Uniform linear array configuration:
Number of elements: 8
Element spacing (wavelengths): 0.5
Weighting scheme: blackman
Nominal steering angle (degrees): -30
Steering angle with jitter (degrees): -28.629
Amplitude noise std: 0.05
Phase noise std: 0.05

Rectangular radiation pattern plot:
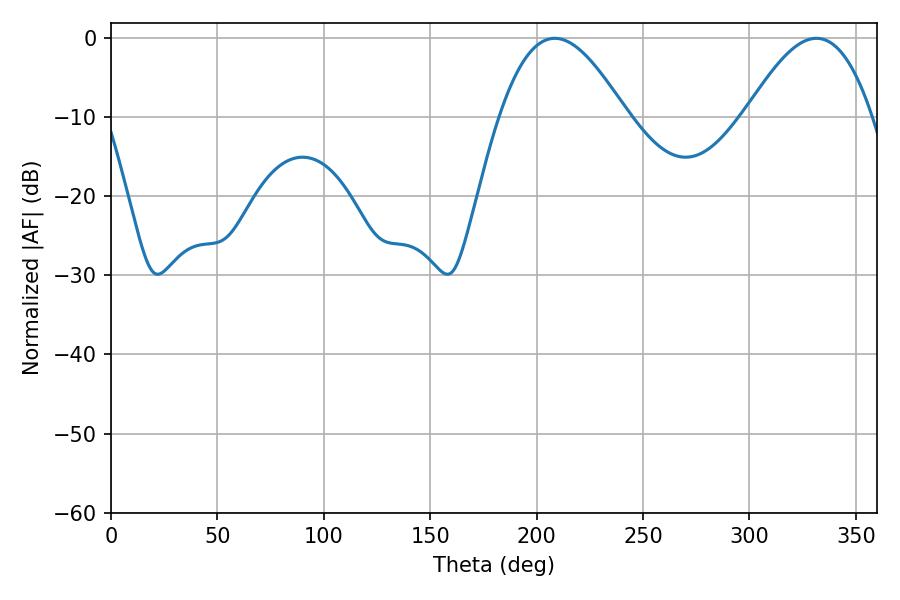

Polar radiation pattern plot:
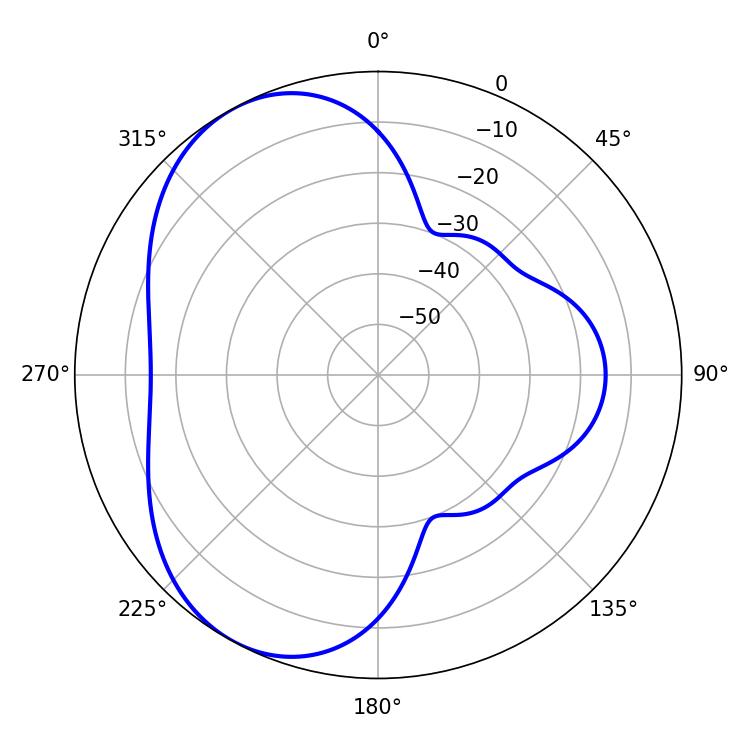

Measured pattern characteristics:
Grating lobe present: FALSE
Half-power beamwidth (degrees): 32.22
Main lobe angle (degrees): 208.44